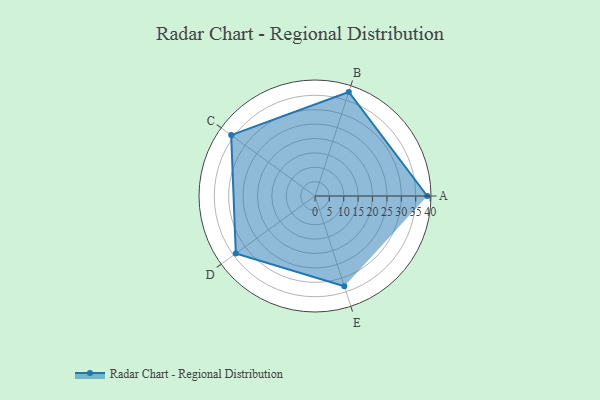
{"axis": {"x": "Skill", "y": "Score"}, "legend": ["Profile"], "data": [{"x": "A", "y": 39.0, "type": "Profile"}, {"x": "B", "y": 38.0, "type": "Profile"}, {"x": "C", "y": 36.0, "type": "Profile"}, {"x": "D", "y": 34.0, "type": "Profile"}, {"x": "E", "y": 33.0, "type": "Profile"}]}